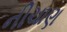
નીચાણ